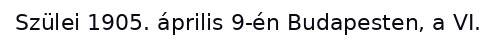
Szülei 1905. április 9-én Budapesten, a VI.